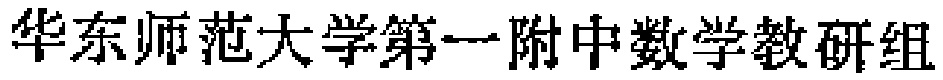
华东师范大学第一附中数学教研组